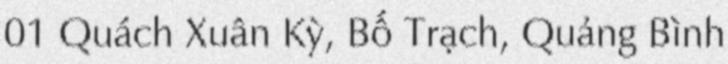
01 Quách Xuân Kỳ, Bố Trạch, Quảng Bình